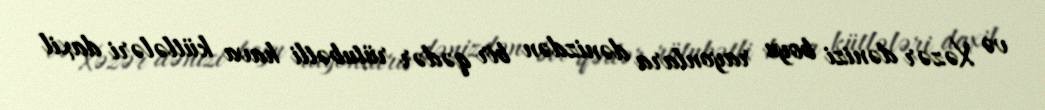
və Xəzər dənizi boyu rayonlara dənizdən bir qədər rütubətli hava kütlələri daxil